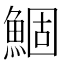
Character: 鯝